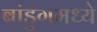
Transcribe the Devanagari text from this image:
बांडुंगमध्ये